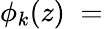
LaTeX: \phi_{k}(z)\; =\;